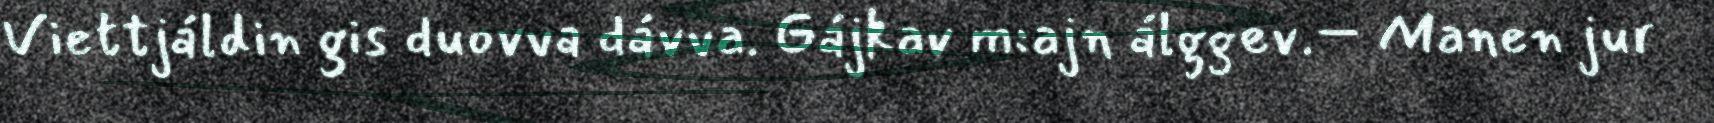
Viettjáldin gis duovva dávva. Gájkav m:ajn álggev.– Manen jur